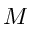
M